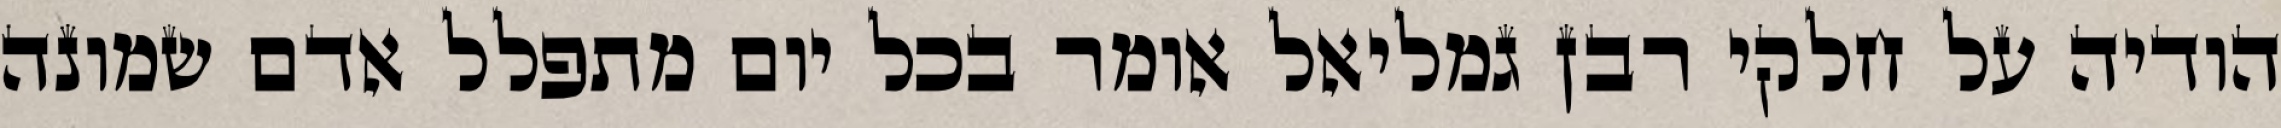
הודיה על חלקי רבן גמליאל אומר בכל יום מתפלל אדם שמונה